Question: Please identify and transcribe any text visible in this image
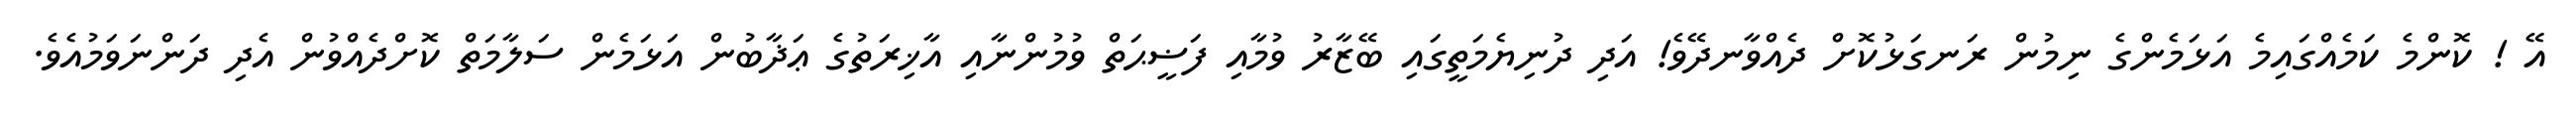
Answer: އޭ ! ކޮންމެ ކަމެއްގައިމެ އަޅަމެންގެ ނިމުން ރަނގަޅުކޮށް ދެއްވާނދޭވެ! އަދި ދުނިޔެމަތީގައި ބޭޒާރު ވުމާއި ފަޟީޙަތް ވުމުންނާއި އާޚިރަތުގެ ޢަޛާބުން އަޅަމެން ސަލާމަތް ކޮށްދެއްވުން އެދި ދަންނަވަމުއެވެ.